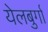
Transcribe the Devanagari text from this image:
येलबुर्गा